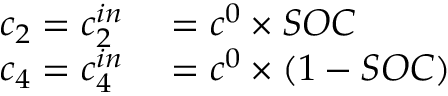
\begin{array} { r l } { c _ { 2 } = c _ { 2 } ^ { i n } } & { { } = c ^ { 0 } \times S O C } \\ { c _ { 4 } = c _ { 4 } ^ { i n } } & { { } = c ^ { 0 } \times ( 1 - S O C ) } \end{array}